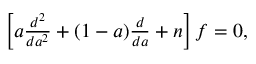
\begin{array} { r } { \left[ a \frac { d ^ { 2 } } { d a ^ { 2 } } + ( 1 - a ) \frac { d } { d a } + n \right] f = 0 , } \end{array}